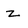
Character: Z